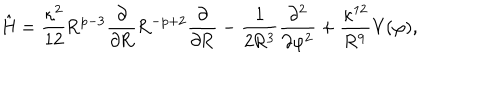
\mathrm { \hat { H } = \frac { \ k a p p a ^ { 2 } } { 1 2 } R ^ { p - 3 } \frac { \partial } { \partial R } R ^ { - p + 2 } \frac { \partial } { \partial R } - \frac { 1 } { 2 R ^ { 3 } } \frac { \partial ^ { 2 } } { \partial \ v a r p h i ^ { 2 } } + \frac { \ k a p p a ^ { 1 2 } } { R ^ { 9 } } V ( \ v a r p h i ) , }